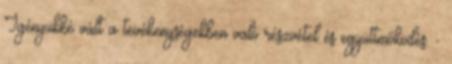
Igényükké vált a tevékenységekben való részvétel és együttmőködés. -